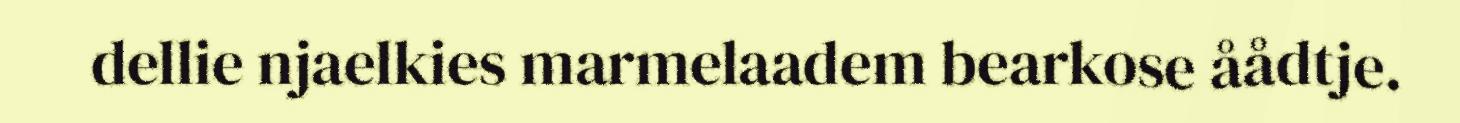
dellie njaelkies marmelaadem bearkose åådtje.